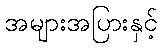
အများအပြားနှင့်